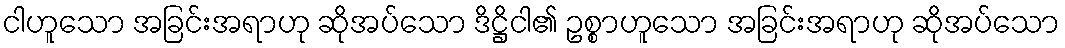
ငါဟူသော အခြင်းအရာဟု ဆိုအပ်သော ဒိဋ္ဌိငါ၏ ဥစ္စာဟူသော အခြင်းအရာဟု ဆိုအပ်သော